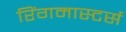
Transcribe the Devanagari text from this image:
रिंगमास्टर्स